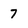
Character: 7